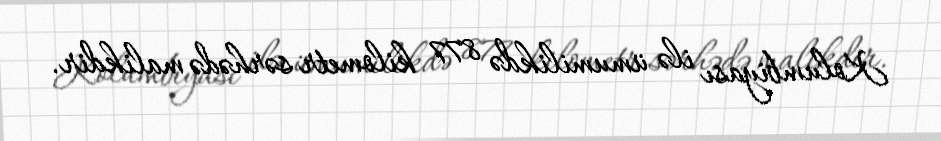
Kolumbiyası ilə ümumilikdə 877 kilometr sərhədə malikdir.